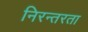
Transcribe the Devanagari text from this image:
निरन्‍तरता